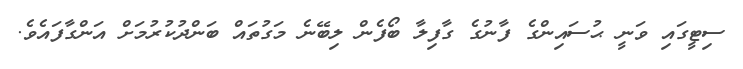
ސިޓީގައި ވަނީ ޙުސައިންގެ ފާނުގެ ގާފިލާ ބޯފެން ލިބޭނެ މަގުތައް ބަންދުކުރުމަށް އަންގާފައެވެ.